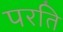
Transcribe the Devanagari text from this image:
परति